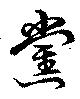
党